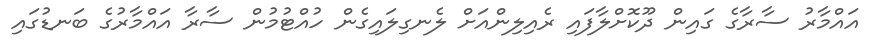
އައްމާރު ސާރާގެ ގައިން ދޫކޮށްލާފައި ރެއިލިންއަށް ލެނގިލައިގެން ހުއްޓުމުން ސާރާ އައްމާރުގެ ބަނޑުގައި